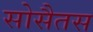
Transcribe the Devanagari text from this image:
सोसैतस